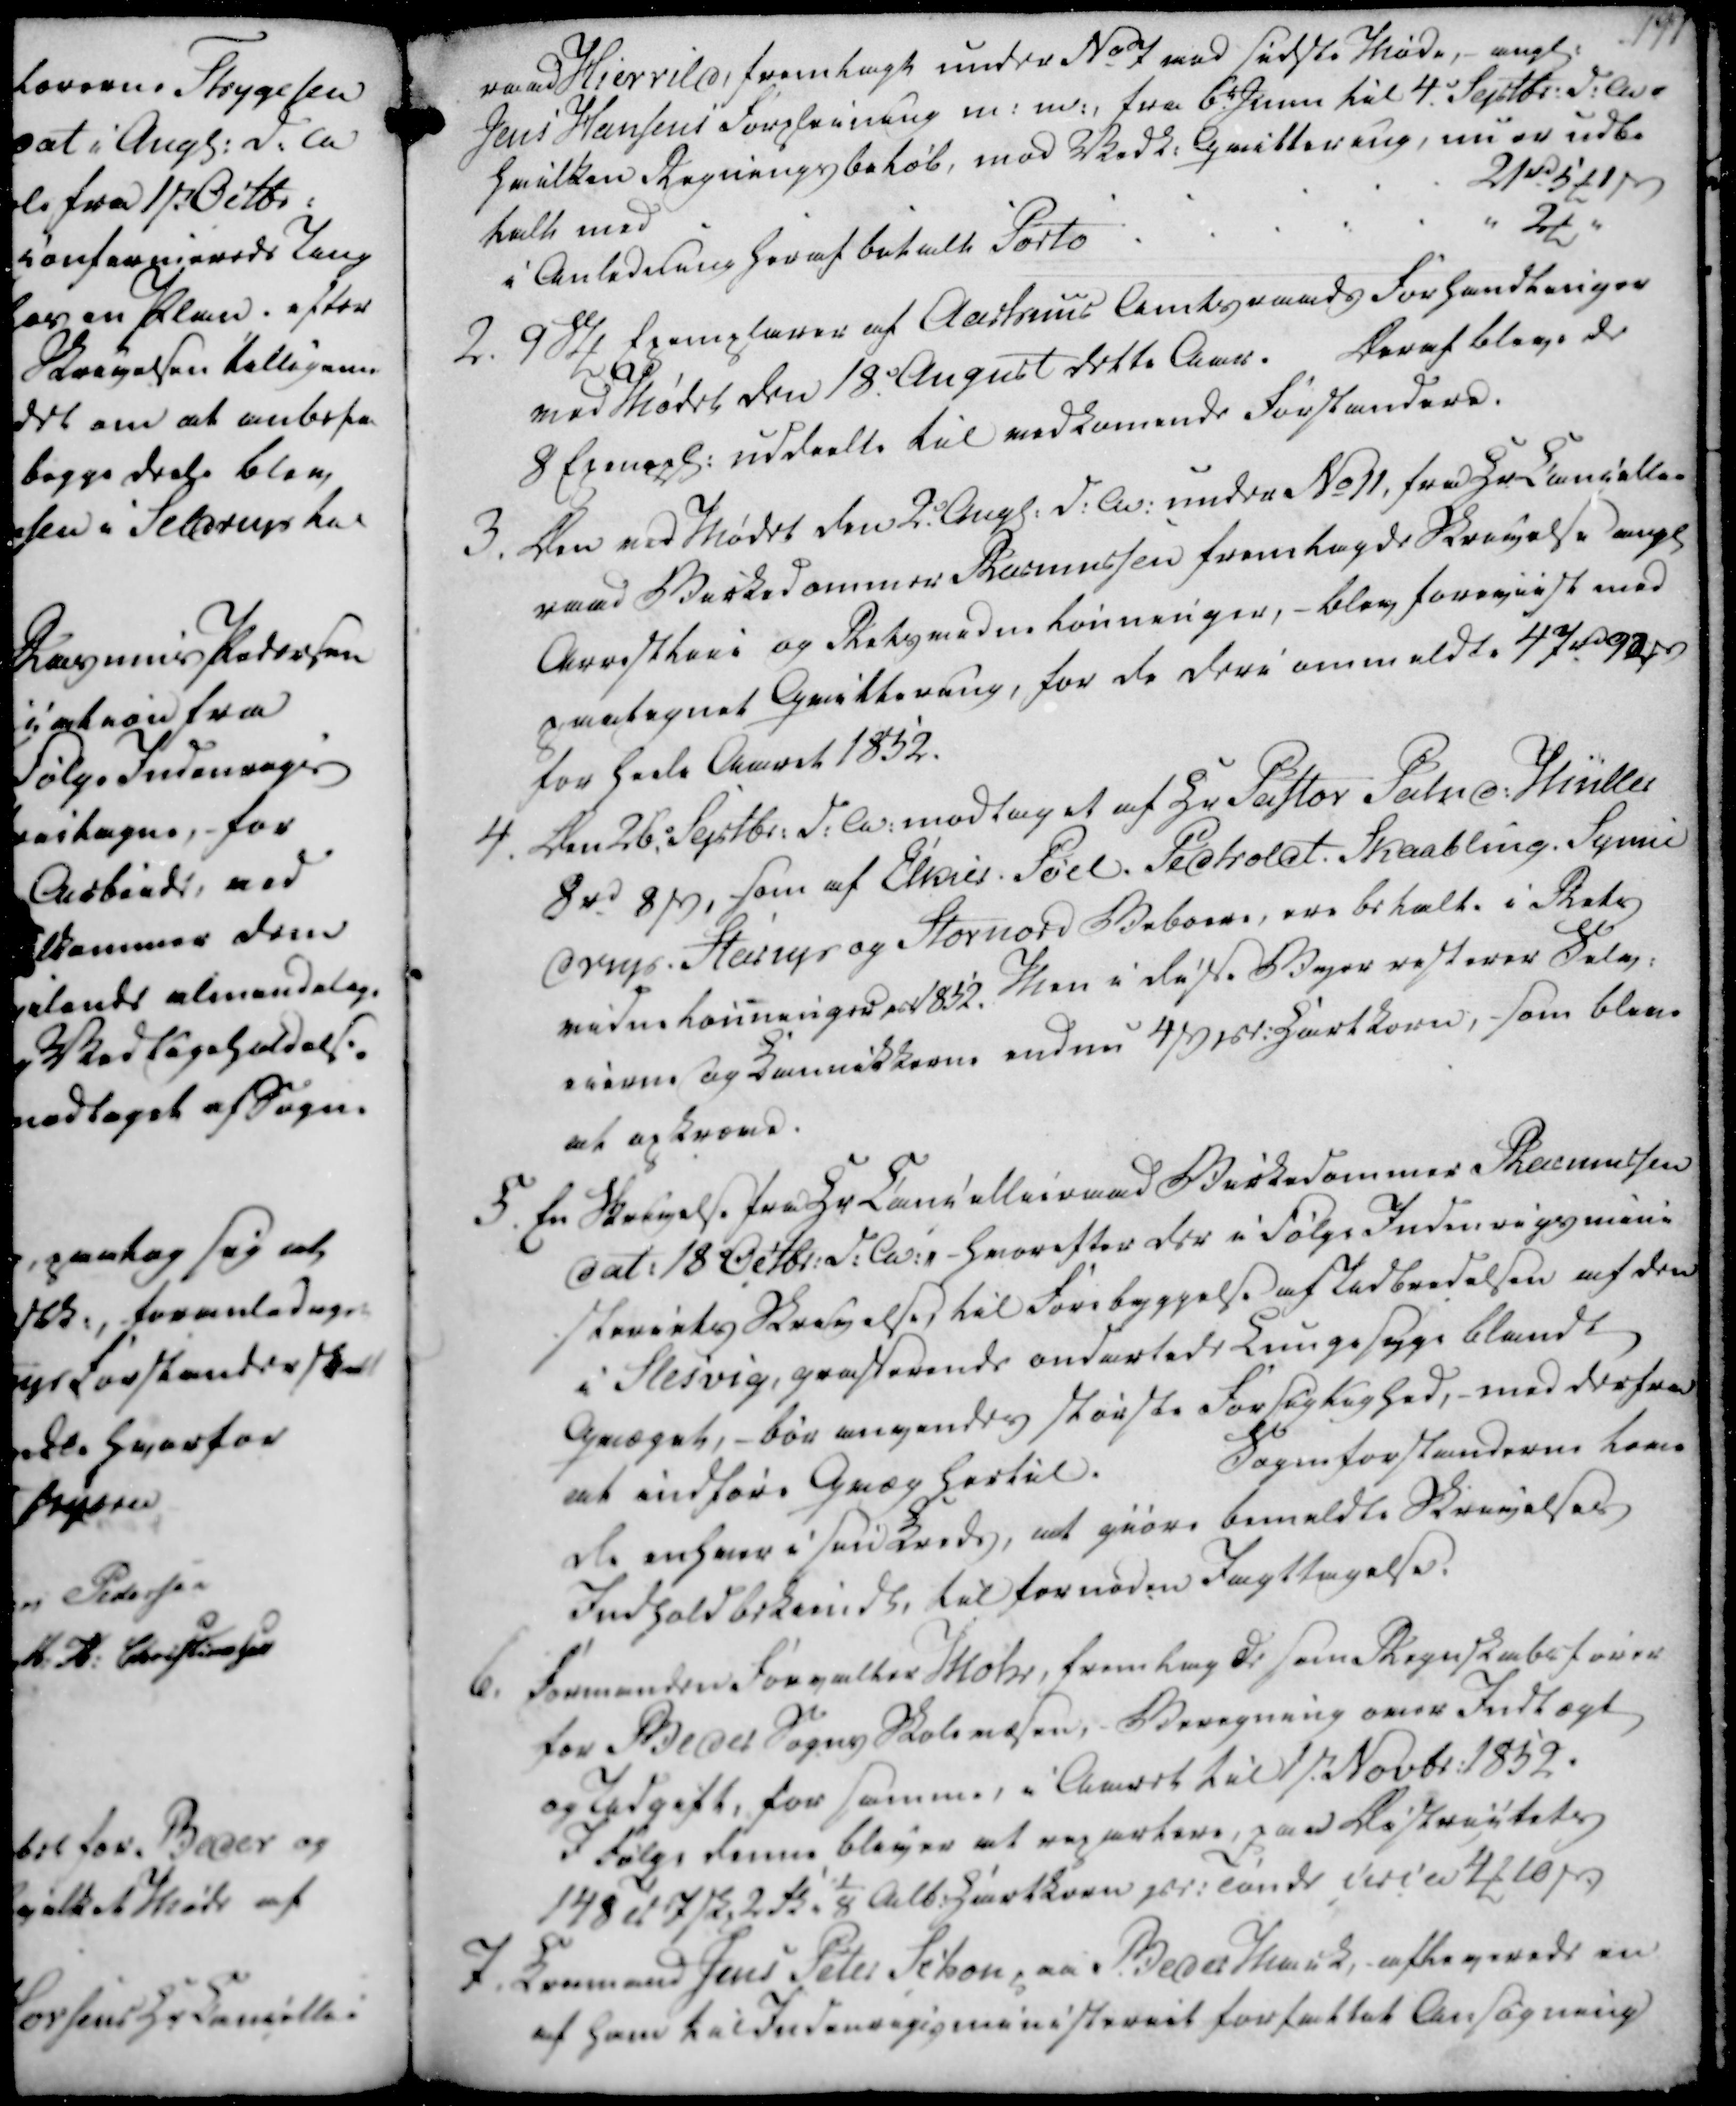
Transskription:
raad Hierrild, fremlagt under No 7 ved sidste Møde, angl.

Jens Hansens Forpleining m. m. fra 6te Junii til 4. Septbr. d.A.

hvilken Regningsbeløb, mod Vedk. Qvittering, nu er udbe

talt med

21 rd 5 ₻ 1 ẞ

i Anledning heraf betalte Porto

" 2₻ "

raad Hierrild, fremlagt under No 7 ved sidste Møde, angl.
Jens Hansens Forpleining m. m. fra 6te Junii til 4. Septbr. d.A.
hvilken Regningsbeløb, mod Vedk. Qvittering, nu er udbe
talt med
21 rd 5 ₻ 1 ẞ
i Anledning heraf betalte Porto
" 2₻ "

2. 9 Stk Exemplarer af Aarhuus Amtsraads Forhandlinger

ved Mødet den 18. August dette Aar.

Deraf bleve de

8 Exempl. uddeelte til vedkomende Forstandere.

3. Den ved Mødet den 2. Augl. d.A. under No 11, fra Hr Cancellie

raad Birkedommer Rasmussen fremlagde Skrivelse angl

Arrestlive og Retsvidne Lønninger, - blev foreviist med

paategnet Qvittering, for de deri ommeldte 47 rd 92 ẞ

for heele Aaret 1852.

2. 9 Stk Exemplarer af Aarhuus Amtsraads Forhandlinger
ved Mødet den 18. August dette Aar.
Deraf bleve de
8 Exempl. uddeelte til vedkomende Forstandere.
3. Den ved Mødet den 2. Augl. d.A. under No 11, fra Hr Cancellie
raad Birkedommer Rasmussen fremlagde Skrivelse angl
Arrestlive og Retsvidne Lønninger, - blev foreviist med
paategnet Qvittering, for de deri ommeldte 47 rd 92 ẞ
for heele Aaret 1852.

4. Den 26. Septbr. d.A. modtaget af Hr Pastor Palud. Müller

8 rd 8 ẞ, som af Elkier, Pøel, Pedholdt. Skaabling, Synne

drup, Starup og Stornord Beboere, ere betalte i Rets

vidne Lønninger pr 1852. Men i disse Byer resterer Selv-

eierne og Kannikkerne endnu 4 ẞ pr. Hartkorn, som bleve

at opkræve.

5. En Skrivelse fra Hr Cancellieraad Birkedommer Rasmussen

dat. 18 Octbr. d.A., - hvorefter der i følge Indenrigsmini

steriets Skrivelse, til Forebyggelse af Udbredelsen af den

i Slesvig, grasserende ondartede Lungesyge blandt

Qvæget, - bør anvendes største Forsigtighed, - med derfra

at indføre Qvæg hertil.

Sogneforstanderne love

de enhver i sin Kreds, at giøre bemeldte Skrivelses

Indhold bekiendt, til fornøden Iagttagelse.

4. Den 26. Septbr. d.A. modtaget af Hr Pastor Palud. Müller
8 rd 8 ẞ, som af Elkier, Pøel, Pedholdt. Skaabling, Synne
drup, Starup og Stornord Beboere, ere betalte i Rets
vidne Lønninger pr 1852. Men i disse Byer resterer Selv-
eierne og Kannikkerne endnu 4 ẞ pr. Hartkorn, som bleve
at opkræve.
5. En Skrivelse fra Hr Cancellieraad Birkedommer Rasmussen
dat. 18 Octbr. d.A., - hvorefter der i følge Indenrigsmini
steriets Skrivelse, til Forebyggelse af Udbredelsen af den
i Slesvig, grasserende ondartede Lungesyge blandt
Qvæget, - bør anvendes største Forsigtighed, - med derfra
at indføre Qvæg hertil.
Sogneforstanderne love
de enhver i sin Kreds, at giøre bemeldte Skrivelses
Indhold bekiendt, til fornøden Iagttagelse.

6. Formanden Forvalter Mohr, fremlagde som Regnskabsfører

for Beder Sogns Skolevæsen, Beregning over Indtægt

og Udgift, for samme, i Aaret til 1st. Novbr. 1852.

I følge denne bliver at repartere, paa Districtets

148 Td 7 skp 2 fk 1/8 Alb. Hartkorn pr. i Tønde ferie 4 ₻ 10 ẞ

7. Kromand Jens Peter Schou paa Beder Mark, afleverede en

af ham til Indenrigsministeriet forfattet Ansøgning

6. Formanden Forvalter Mohr, fremlagde som Regnskabsfører
for Beder Sogns Skolevæsen, Beregning over Indtægt
og Udgift, for samme, i Aaret til 1st. Novbr. 1852.
I følge denne bliver at repartere, paa Districtets
148 Td 7 skp 2 fk 1/8 Alb. Hartkorn pr. i Tønde ferie 4 ₻ 10 ẞ
7. Kromand Jens Peter Schou paa Beder Mark, afleverede en
af ham til Indenrigsministeriet forfattet Ansøgning